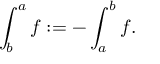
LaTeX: \int _ { b } ^ { a } f : = - \int _ { a } ^ { b } f .